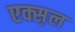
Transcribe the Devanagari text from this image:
एक्स़ल